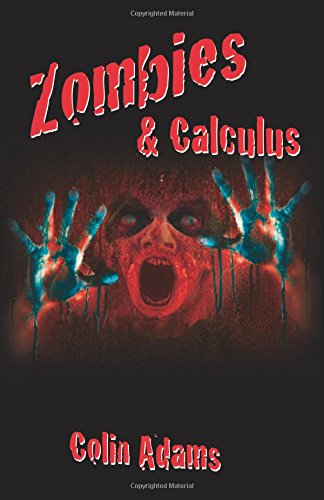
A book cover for Zombies and Calculus; Colin Adams; Science Fiction & Fantasy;